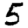
Digit: 5